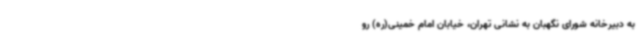
به دبیرخانه شورای نگهبان به نشانی تهران، خیابان امام خمینی(ره) رو